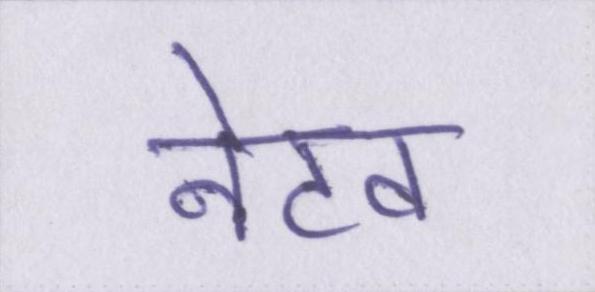
नेटव